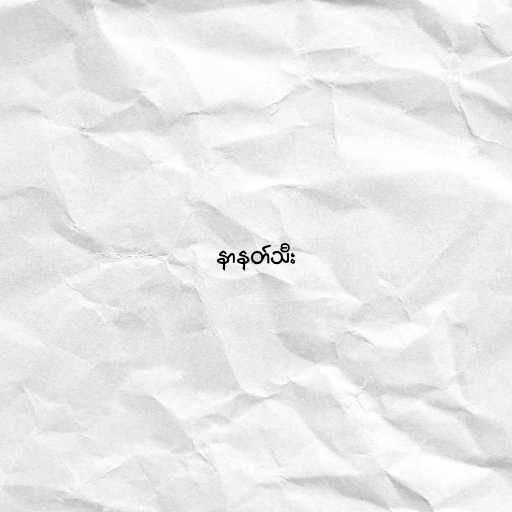
နာနတ်သီး